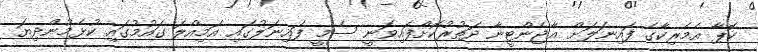
ކޮޕާ އެމެރިކާގެ ފައިނަލަށް އާޖެންޓީނާ ދަތުރުކޮށްފައިވަނީ ސެމީ ފައިނަލުގައި އަމިއްލަ ގައުމުގައި ކުޅެމުންދިޔަ